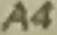
A4